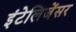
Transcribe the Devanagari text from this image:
इंटेलिजेंसर